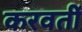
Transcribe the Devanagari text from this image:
करवतीं